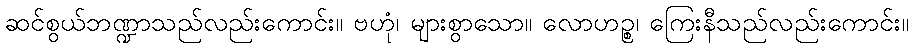
ဆင်စွယ်ဘဏ္ဍာသည်လည်းကောင်း။ ဗဟုံ၊ များစွာသော။ လောဟဉ္စ၊ ကြေးနီသည်လည်းကောင်း။